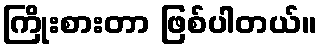
ကြိုးစားတာ ဖြစ်ပါတယ်။